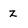
Character: z